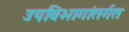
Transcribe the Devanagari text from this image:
उपविभागांतर्गत